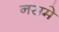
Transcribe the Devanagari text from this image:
नसमे